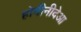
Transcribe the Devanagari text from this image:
होमीनीदेआ